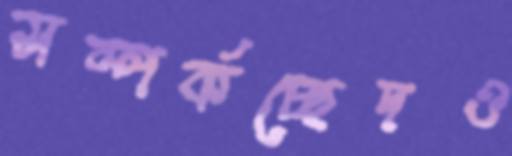
সম্পর্কচ্ছেদও